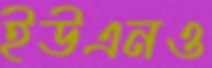
ইউএনও